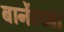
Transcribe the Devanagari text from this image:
बार्नेटच्या